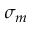
\sigma _ { m }